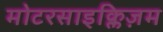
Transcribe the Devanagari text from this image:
मोटरसाइक्लिज़म